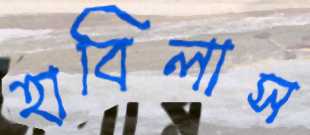
হাবিলাস